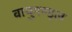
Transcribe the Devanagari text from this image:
वायुमण्ड्ल